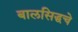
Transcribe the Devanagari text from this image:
बालसिद्धचे